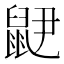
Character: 𲎝